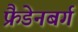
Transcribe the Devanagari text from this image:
फ्रैडेनबर्ग